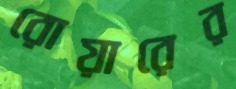
রোয়ারের